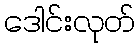
ဒေါင်းလုတ်